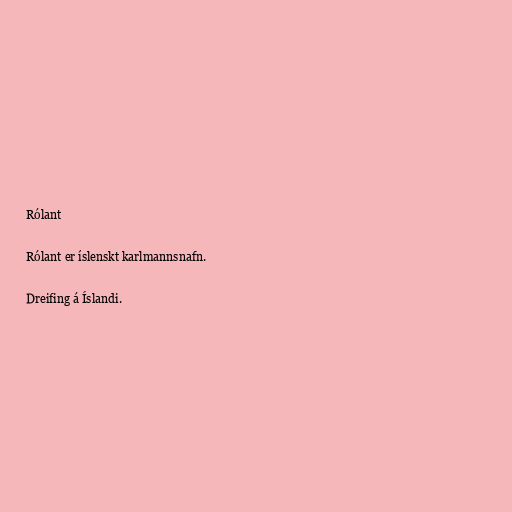
Rólant

Rólant er íslenskt karlmannsnafn.

Dreifing á Íslandi.